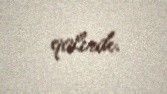
qalırdı.